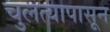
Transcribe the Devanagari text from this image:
चुलत्यापासून